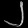
Digit: ၂